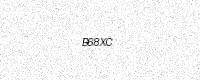
Text: B68XC